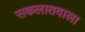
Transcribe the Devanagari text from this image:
सकलातवाला